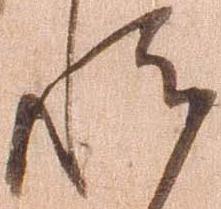
越